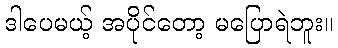
ဒါပေမယ့် အပိုင်တော့ မပြောရဲဘူး။